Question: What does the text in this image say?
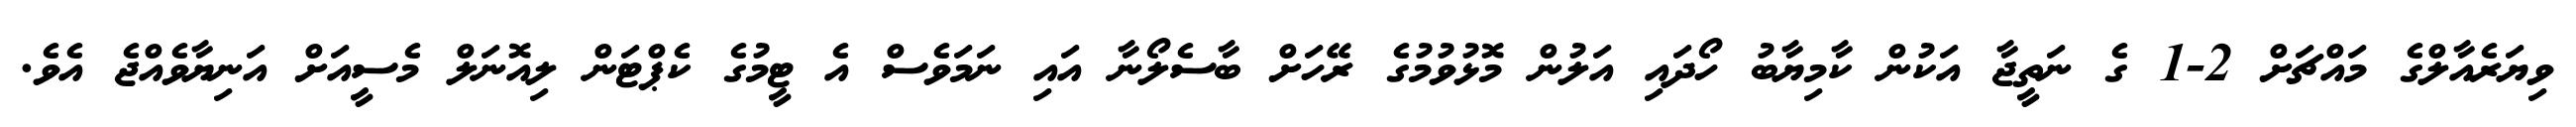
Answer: ވިޔަރެއާލްގެ މައްޗަށް 2-1 ގެ ނަތީޖާ އަކުން ކާމިޔާބު ހޯދައި އަލުން މޮޅުވުމުގެ ރޭހަށް ބާސެލޯނާ އައި ނަމަވެސް އެ ޓީމުގެ ކެޕްޓަން ލިއޮނަލް މެސީއަށް އަނިޔާވެއްޖެ އެވެ.